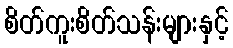
စိတ်ကူးစိတ်သန်းများနှင့်